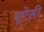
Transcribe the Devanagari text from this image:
यूऐसी